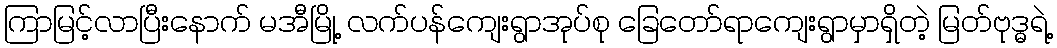
ကြာမြင့်လာပြီးနောက် မအီမြို့ လက်ပန်ကျေးရွာအုပ်စု ခြေတော်ရာကျေးရွာမှာရှိတဲ့ မြတ်ဗုဒ္ဓရဲ့